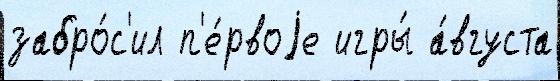
забро́с'ил п'е́рвоjе игры́ а́вгуста